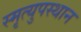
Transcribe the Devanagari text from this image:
स्मृत्युपस्थान